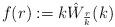
LaTeX: \begin{align*}f(r) := k\hat W_{\frac{r}{k}}(k)\end{align*}